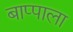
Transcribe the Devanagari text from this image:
बाप्पाला